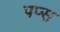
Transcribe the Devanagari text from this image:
पप्स